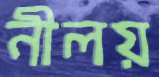
নীলয়